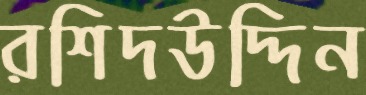
রশিদউদ্দিন